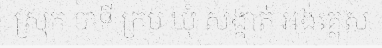
ស្រុក បាទី ក្រម ឃុំ សង្កាត់ អង់គ្លេស